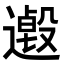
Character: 𨗋